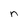
Character: n